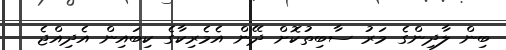
ބިން ލާދިންގެ މަރު ސާބިތުކޮށް ދޭން އެމެރިކާގެ ކިބައިން އެދިއްޖެ